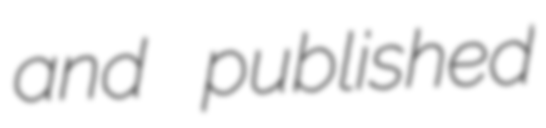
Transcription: and published